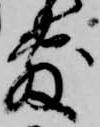
敷